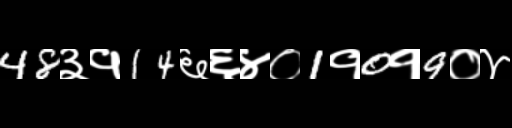
Text: 48३१14६६४०1१0१9०४